Triennial report on the lunatic asylums in the province of Eastern Bengal and Assam - 1903-1911
Year: 1903
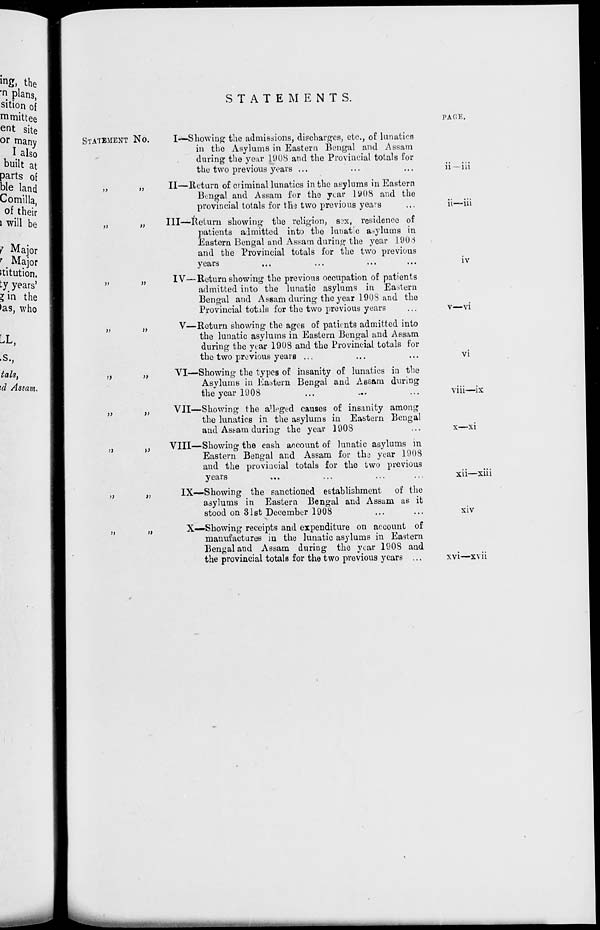
STATEMENTS.
STATEMENT NO. I—
II—
III—
IV—
V—
VI—
VII—
VIII—
IX—
X—
Showing the admissions, discharges, etc, of lunatics
in the Asylums in Eastern Bengal and Assam
during the year 1908 and the Provincial totals for
the two previous years ...
Return of criminal lunatics in the asylums in Eastern
Bengal and Assam for the year 1908 and the
provincial totals for the two previous years
Return showing the religion, sex, residence of
patients admitted into the lunatic asylums in
Eastern Bengal and Assam during the year 1908
and the Provincial totals for the two previous
years ... ... ... ... ...
Return showing the previous occupation of patients
admitted into the lunatic asylums in Eastern
Bengal and Assam during the year 1908 and the
Provincial totals for the two previous years ...
Return showing the ages of patients admitted into
the lunatic asylums in Eastern Bengal and Assam
during the year 1908 and the Provincial totals for
the two previous years ... ... ...
Showing the types of insanity of lunatics in the
Asylums in Eastern Bengal and Assam during
the year 1908 ... ... ...
Showing the alleged causes of insanity among
the lunatics in the asylums in Eastern Bengal
and Assam during the year 1908 ...
Showing the cash account of lunatic asylums in
Eastern Bengal and Assam for the year 1908
and the provincial totals for the two previous
years ... ... ... ...
Showing the sanctioned establishment
of the
asylums in Eastern Bengal and Assam as it
stood on 31st December 1908 ... ...
Showing receipts and expenditure on account of
manufactures in the lunatic asylums in Eastern
Bengal and Assam during the year 1908 and
the provincial totals for the two previous years ...
PAGE.
ii—iii
ii—iii
iv
v—vi
vi
viii—ix
x—xi
xii—xiii
xiv
xvi—xvii